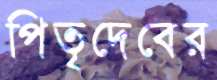
পিতৃদেবের